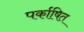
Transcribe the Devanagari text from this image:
पर्काषित